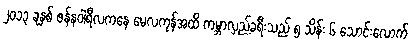
၂၀၁၃ ခုနှစ် ဇန်နဝါရီလကနေ မေလကုန်အထိ ကမ္ဘာလှည့်ခရီးသည် ၅ သိန်း ၆ သောင်းလောက်